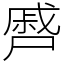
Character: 㞝